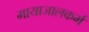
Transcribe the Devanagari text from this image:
मायाजालकर्म